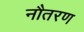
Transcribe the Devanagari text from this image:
नौतरण